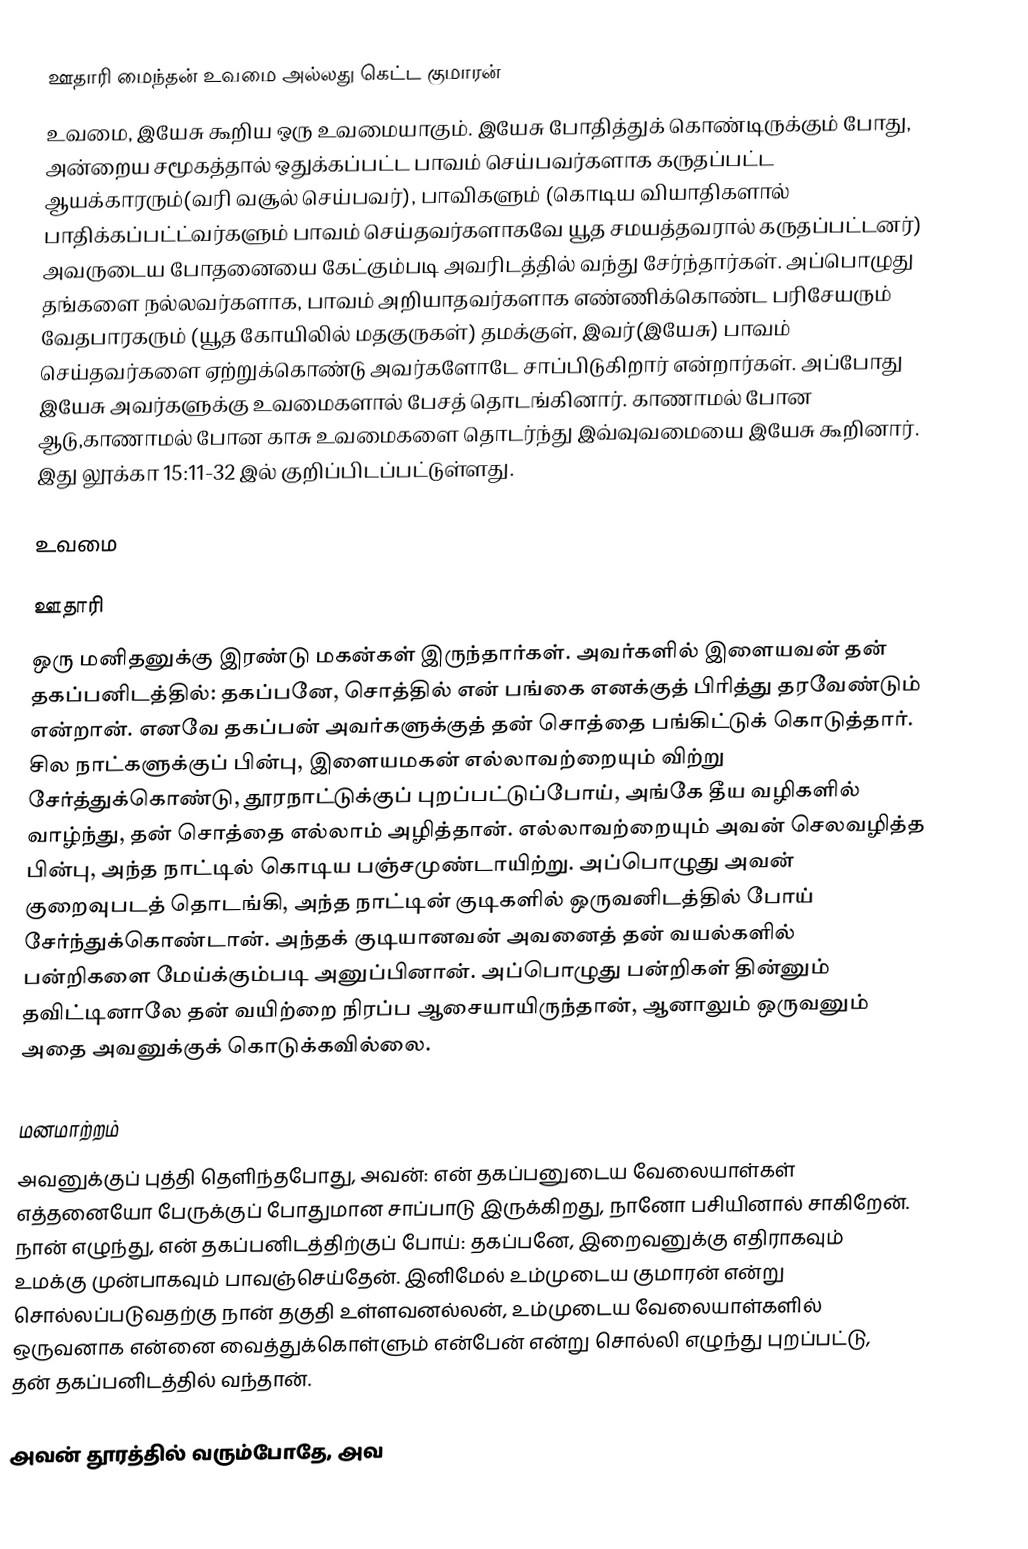
ஊதாரி மைந்தன் உவமை அல்லது கெட்ட குமாரன்
உவமை, இயேசு கூறிய ஒரு உவமையாகும். இயேசு போதித்துக் கொண்டிருக்கும் போது, அன்றைய சமூகத்தால் ஒதுக்கப்பட்ட பாவம் செய்பவர்களாக கருதப்பட்ட ஆயக்காரரும்(வரி வசூல் செய்பவர்), பாவிகளும் (கொடிய வியாதிகளால் பாதிக்கப்பட்ட்வர்களும் பாவம் செய்தவர்களாகவே யூத சமயத்தவரால் கருதப்பட்டனர்) அவருடைய போதனையை கேட்கும்படி அவரிடத்தில் வந்து சேர்ந்தார்கள். அப்பொழுது தங்களை நல்லவர்களாக, பாவம் அறியாதவர்களாக எண்ணிக்கொண்ட பரிசேயரும் வேதபாரகரும் (யூத கோயிலில் மதகுருகள்) தமக்குள், இவர்(இயேசு) பாவம் செய்தவர்களை ஏற்றுக்கொண்டு அவர்களோடே சாப்பிடுகிறார் என்றார்கள். அப்போது இயேசு அவர்களுக்கு உவமைகளால் பேசத் தொடங்கினார். காணாமல் போன ஆடு,காணாமல் போன காசு உவமைகளை தொடர்ந்து இவ்வுவமையை இயேசு கூறினார். இது லூக்கா 15:11-32 இல் குறிப்பிடப்பட்டுள்ளது.

உவமை

ஊதாரி
ஒரு மனிதனுக்கு இரண்டு மகன்கள் இருந்தார்கள். அவர்களில் இளையவன் தன் தகப்பனிடத்தில்: தகப்பனே, சொத்தில் என் பங்கை எனக்குத் பிரித்து தரவேண்டும் என்றான். எனவே தகப்பன் அவர்களுக்குத் தன் சொத்தை பங்கிட்டுக் கொடுத்தார். சில நாட்களுக்குப் பின்பு, இளையமகன் எல்லாவற்றையும் விற்று சேர்த்துக்கொண்டு, தூரநாட்டுக்குப் புறப்பட்டுப்போய், அங்கே தீய வழிகளில் வாழ்ந்து, தன் சொத்தை எல்லாம் அழித்தான். எல்லாவற்றையும் அவன் செலவழித்த பின்பு, அந்த நாட்டில் கொடிய பஞ்சமுண்டாயிற்று. அப்பொழுது அவன் குறைவுபடத் தொடங்கி, அந்த நாட்டின் குடிகளில் ஒருவனிடத்தில் போய் சேர்ந்துக்கொண்டான். அந்தக் குடியானவன் அவனைத் தன் வயல்களில் பன்றிகளை மேய்க்கும்படி அனுப்பினான். அப்பொழுது பன்றிகள் தின்னும் தவிட்டினாலே தன் வயிற்றை நிரப்ப ஆசையாயிருந்தான், ஆனாலும் ஒருவனும் அதை அவனுக்குக் கொடுக்கவில்லை.

மனமாற்றம்
அவனுக்குப் புத்தி தெளிந்தபோது, அவன்: என் தகப்பனுடைய வேலையாள்கள் எத்தனையோ பேருக்குப் போதுமான சாப்பாடு இருக்கிறது, நானோ பசியினால் சாகிறேன். நான் எழுந்து, என் தகப்பனிடத்திற்குப் போய்: தகப்பனே, இறைவனுக்கு எதிராகவும் உமக்கு முன்பாகவும் பாவஞ்செய்தேன். இனிமேல் உம்முடைய குமாரன் என்று சொல்லப்படுவதற்கு நான் தகுதி உள்ளவனல்லன், உம்முடைய வேலையாள்களில் ஒருவனாக என்னை வைத்துக்கொள்ளும் என்பேன் என்று சொல்லி எழுந்து புறப்பட்டு, தன் தகப்பனிடத்தில் வந்தான்.

அவன் தூரத்தில் வரும்போதே, அவ